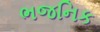
ભજનિક